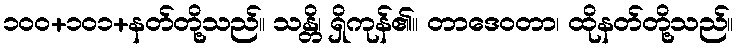
၁၀၀+၁၀၁+နတ်တို့သည်။ သန္တိ၊ ရှိကုန်၏။ တာဒေဝတာ၊ ထိုနတ်တို့သည်။